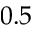
0 . 5